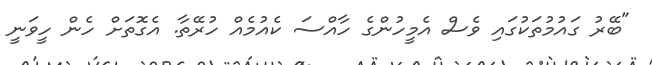
"ބޭރު ގައުމުތަކުގައި ވެސް އެމީހުންގެ ހާއްސަ ކެއުމެއް ހުރޭތާ. އެގޮތަށް ހެން ހީވަނީ